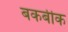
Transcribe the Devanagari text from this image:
बकबीक